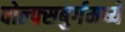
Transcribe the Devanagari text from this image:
वोल्फ्सबुर्गमध्ये